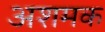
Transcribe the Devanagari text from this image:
अशमक